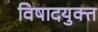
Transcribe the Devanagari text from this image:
विषादयुक्त